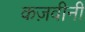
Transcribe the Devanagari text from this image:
कज़वीनी